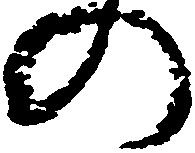
の